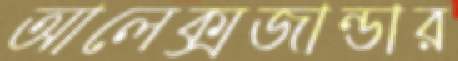
আলেক্সজান্ডার